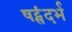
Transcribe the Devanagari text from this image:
षट्संदर्भ